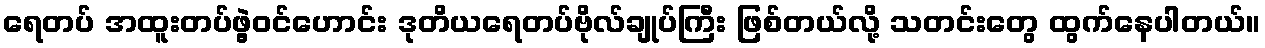
ရေတပ် အထူးတပ်ဖွဲ့ဝင်ဟောင်း ဒုတိယရေတပ်ဗိုလ်ချုပ်ကြီး ဖြစ်တယ်လို့ သတင်းတွေ ထွက်နေပါတယ်။